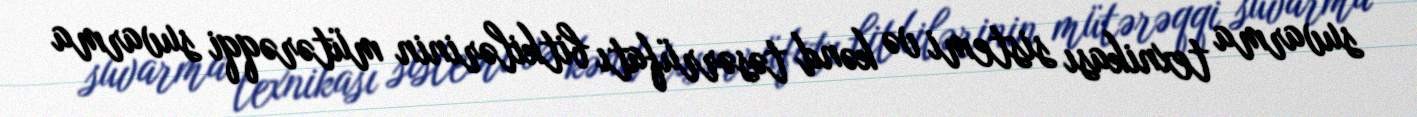
suvarma texnikası sistemi və kənd təsərrüfatı bitkilərinin mütərəqqi suvarma